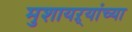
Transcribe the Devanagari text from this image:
मुशायऱ्यांच्या